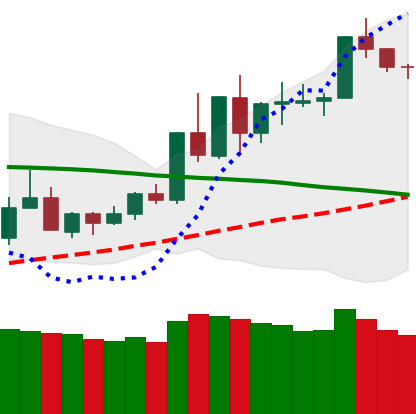
Ticker: TRX-USD
Chart end date: 2020-06-10
Forward return: -8.491%
Label: down_7plus